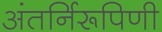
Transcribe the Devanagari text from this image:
अंतर्निरूपिणी